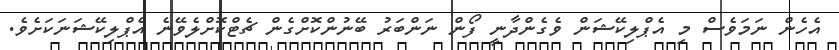
އެހެން ނަމަވެސް މި އެޕްލިކޭޝަން ވެގެންދާނީ ފޯން ނަންބަރު ބޭނުންކޮށްގެން ޗެޓްކޮށްލެވޭނެ އެޕްލިކޭޝަނަކަށެވެ.